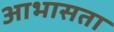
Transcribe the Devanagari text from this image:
आभासता